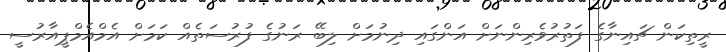
ރީތިކަން ޗައިނާގެ ފަތުރުވެރިންނަށް އަންގައި ދިނުމަށް ލިބޭ ރަނުގެ ފުރުސަތެއް ކަމަށް އެމްއެމްޕީއާރުސީ